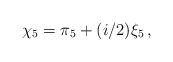
\begin{align*}\chi_5=\pi_5 + (i/2)\xi_5\,,\end{align*}